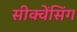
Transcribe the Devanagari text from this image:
सीक्वेंसिंग